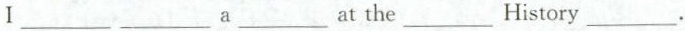
I ___ ___ a ___ at the ___ History ___.